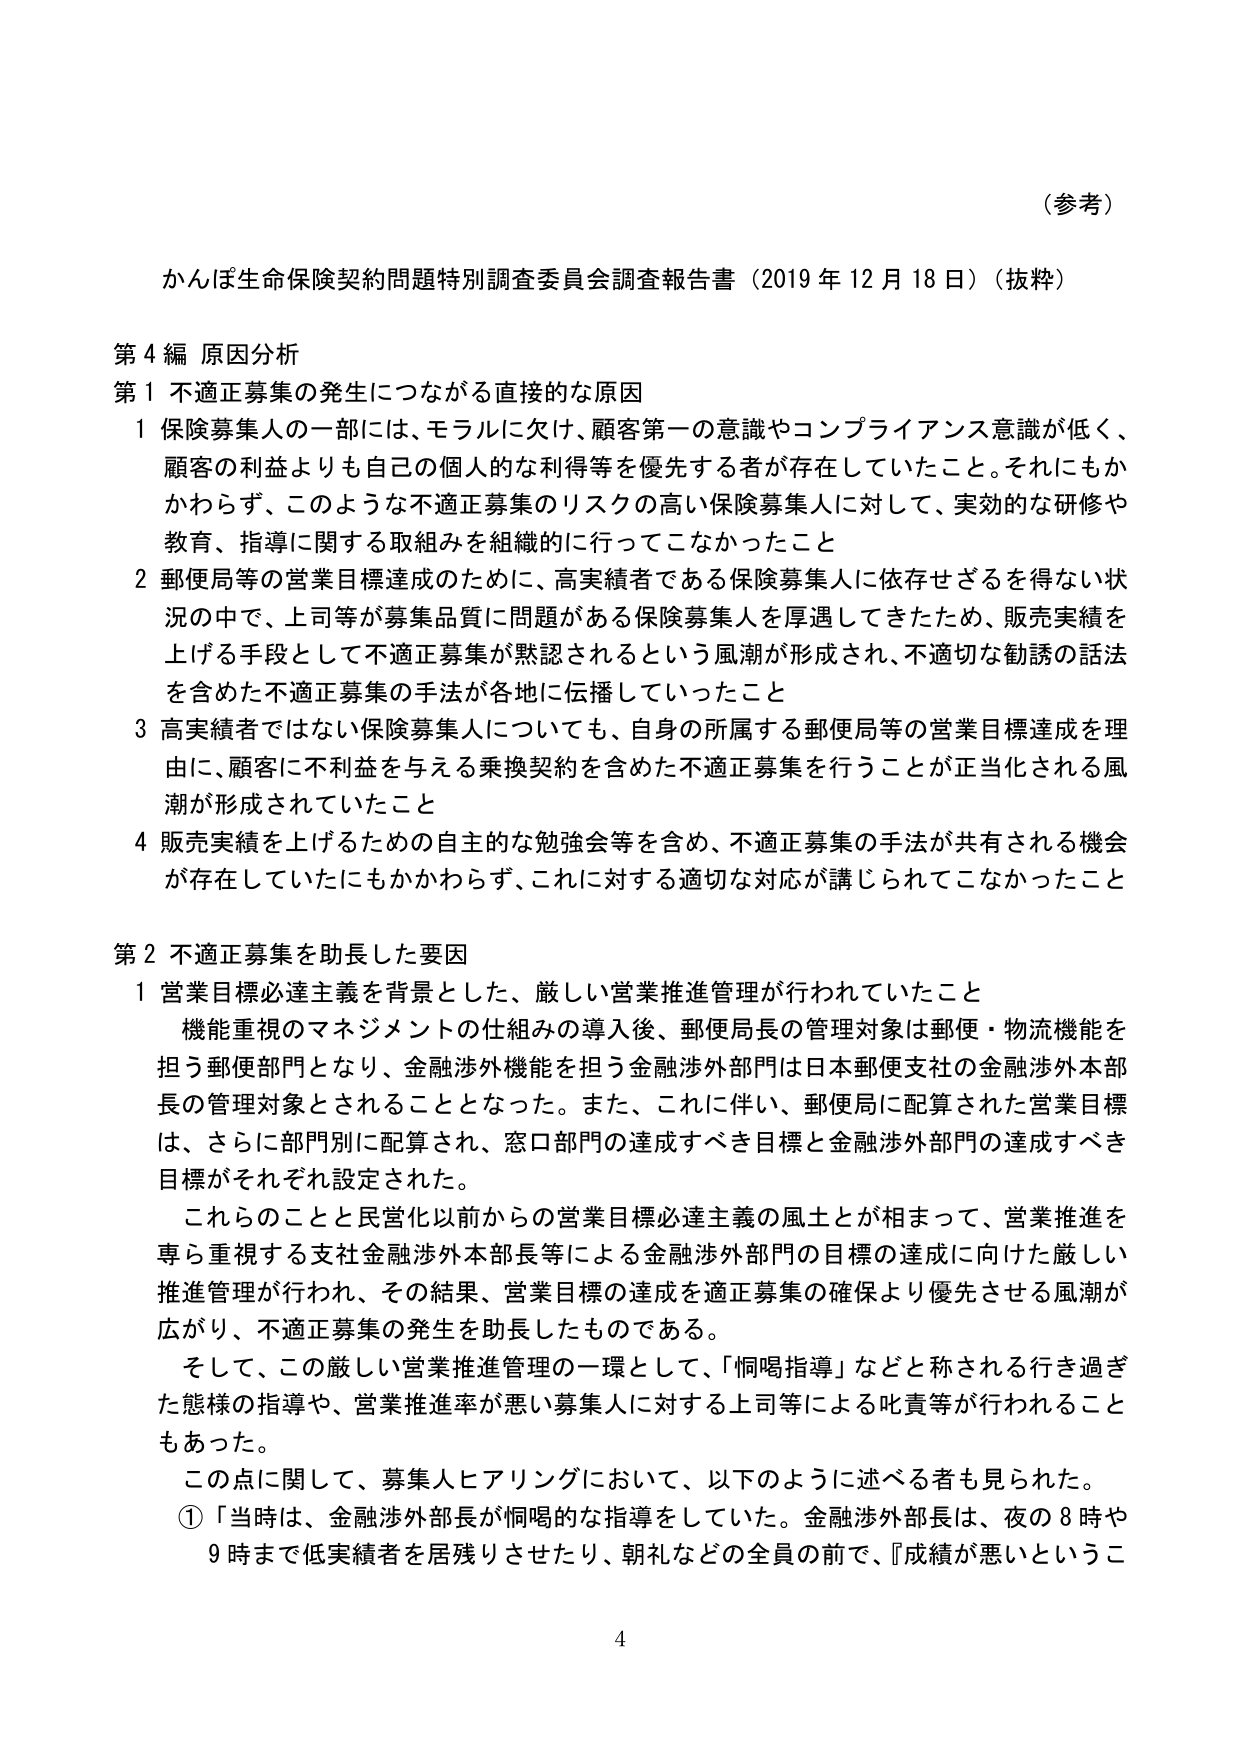
（参考）

かんぽ生命保険契約問題特別調査委員会調査報告書（2019年12月18日）（抜粋）

第4編 原因分析

第1 不適正募集の発生につながる直接的な原因

1 保険募集人の一部には、モラルに欠け、顧客第一の意識やコンプライアンス意識が低く、顧客の利益よりも自己の個人的な利得等を優先する者が存在していたこと。それにもかかわらず、このような不適正募集のリスクの高い保険募集人に対して、実効的な研修や教育、指導に関する取組みを組織的に行ってこなかったこと

2 郵便局等の営業目標達成のために、高実績者である保険募集人に依存せざるを得ない状況の中で、上司等が募集品質に問題がある保険募集人を厚遇してきたため、販売実績を上げる手段として不適正募集が黙認されるという風潮が形成され、不適切な勧誘の話法を含めた不適正募集の手法が各地に伝播していったこと

3 高実績者ではない保険募集人についても、自身の所属する郵便局等の営業目標達成を理由に、顧客に不利益を与える乗換契約を含めた不適正募集を行うことが正当化される風潮が形成されていたこと

4 販売実績を上げるための自主的な勉強会等を含め、不適正募集の手法が共有される機会が存在していたにもかかわらず、これに対する適切な対応が講じられてこなかったこと

第2 不適正募集を助長した要因

1 営業目標必達主義を背景とした、厳しい営業推進管理が行われていたこと

機能重視のマネジメントの仕組みの導入後、郵便局長の管理対象は郵便・物流機能を担う郵便部門となり、金融渉外機能を担う金融渉外部門は日本郵便支社の金融渉外本部長の管理対象とされることとなった。また、これに伴い、郵便局に配算された営業目標は、さらに部門別に配算され、窓口部門の達成すべき目標と金融渉外部門の達成すべき目標がそれぞれ設定された。

これらのことと民営化以前からの営業目標必達主義の風土とが相まって、営業推進を専ら重視する支社金融渉外本部長等による金融渉外部門の目標の達成に向けた厳しい推進管理が行われ、その結果、営業目標の達成を適正募集の確保より優先させる風潮が広がり、不適正募集の発生を助長したものである。

そして、この厳しい営業推進管理の一環として、「恫喝指導」などと称される行き過ぎた態様の指導や、営業推進率が悪い募集人に対する上司等による叱責等が行われることもあった。

この点に関して、募集人ヒアリングにおいて、以下のように述べる者も見られた。

①「当時は、金融渉外部長が恫喝的な指導をしていた。金融渉外部長は、夜の8時や9時まで低実績者を居残りさせたり、朝礼などの全員の前で、『成績が悪いというこ

4